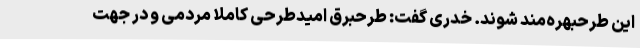
این طرحبهره‌مند شوند. خدری گفت: طرحبرق امیدطرحی کاملا مردمی و در جهت